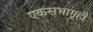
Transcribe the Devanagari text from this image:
एकसभागृही